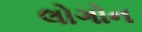
લોગોન